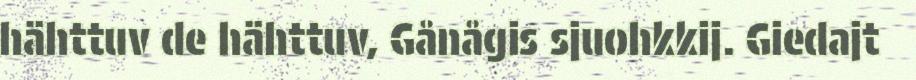
hähttuv de hähttuv, Gånågis sjuohkkij. Giedajt